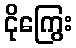
ငိုကြွေး